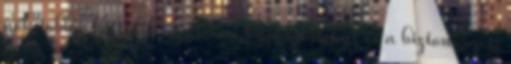
nők többre becsülik az emberi kapcsolatokat és a biztonságot.